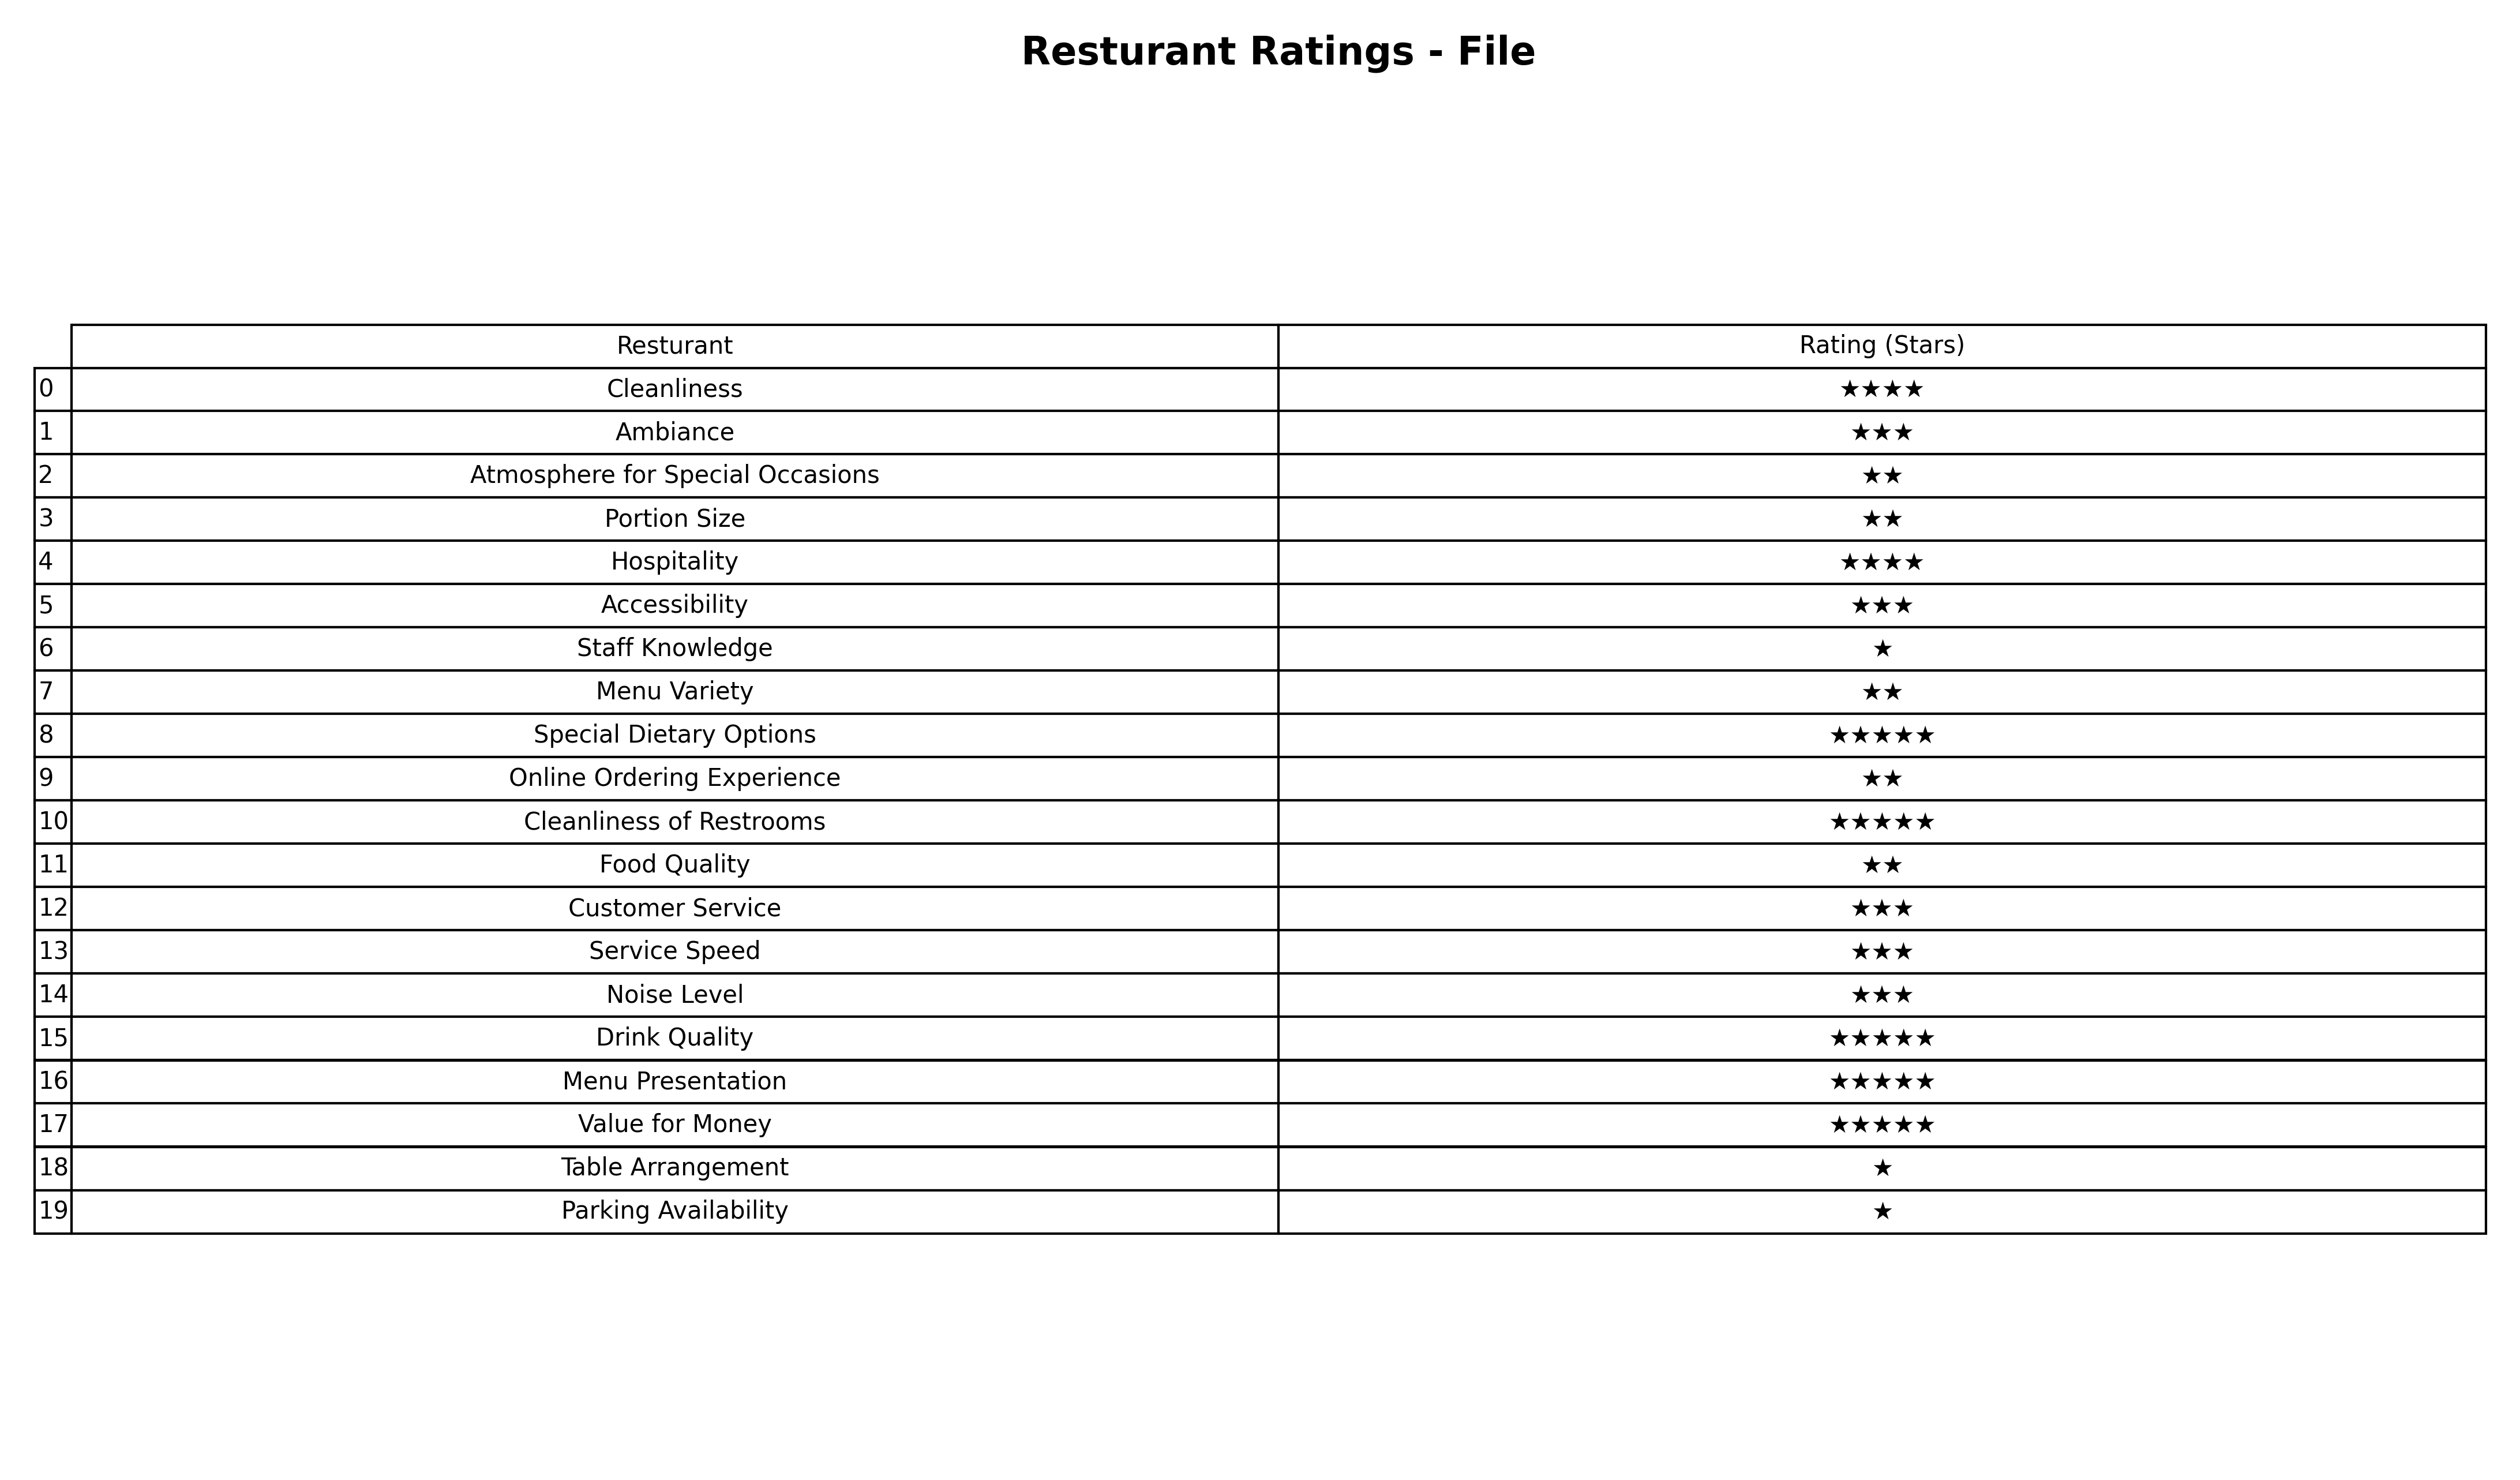
question: What are one star services?
answer: Staff KnowledgeTable ArrangementParking Availability